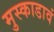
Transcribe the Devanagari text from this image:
मुस्काडावं